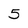
Character: 5